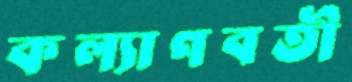
কল্যাণবতী